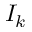
I _ { k }